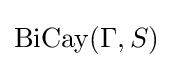
\operatorname {BiCay} (\Gamma ,S)